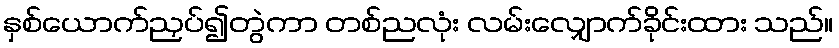
နှစ်ယောက်ညှပ်၍တွဲကာ တစ်ညလုံး လမ်းလျှောက်ခိုင်းထား သည်။